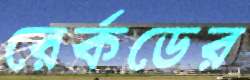
রের্কডের